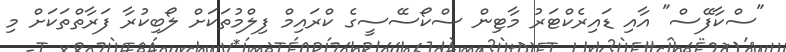
"ސްކާފޭސް" އާއި ޑައިރެކްޓަރު މާޓިން ސްކޯސޭސީގެ ކްރައިމް ފިލްމުތަކަށް ލޯބިކުރާ ފަރާތްތަކަށް މި